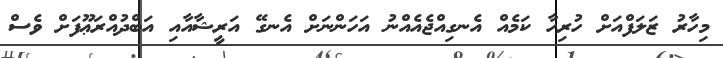
މިހާރު ޒަލަފްއަށް ހުރިހާ ކަމެއް އެނގިއްޖެއެއްނު އަހަންނަށް އެނގޭ އަރީޝާއާއި އަބްދުއްރަޢޫފަށް ވެސް